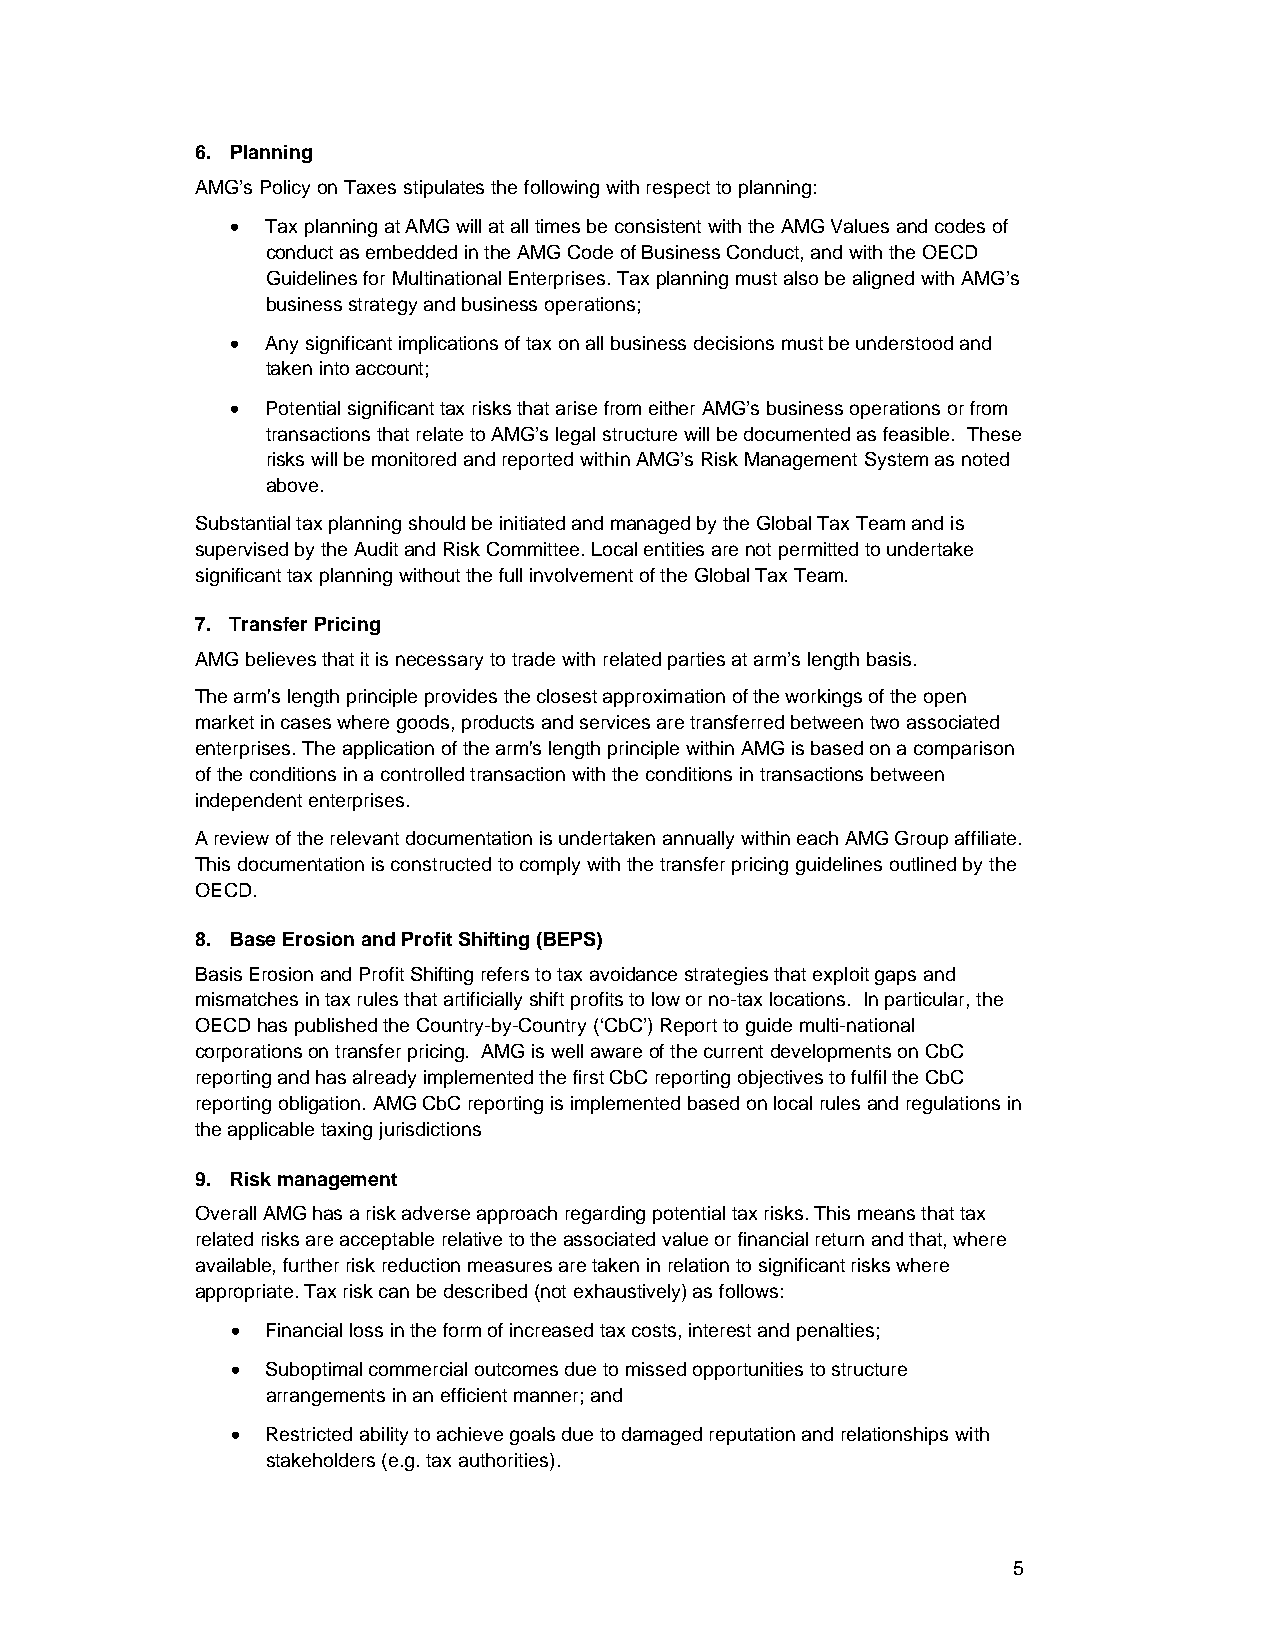
6. Planning
 AMG’s Policy on Taxes stipulates the following with respect to planning:
   Tax planning at AMG will at all times be consistent with the AMG Values and codes of
 conduct as embedded in the AMG Code of Business Conduct, and with the OECD
 Guidelines for Multinational Enterprises. Tax planning must also be aligned with AMG’s
 business strategy and business operations;
   Any significant implications of tax on all business decisions must be understood and
 taken into account;
   Potential significant tax risks that arise from either AMG’s business operations or from
 transactions that relate to AMG’s legal structure will be documented as feasible. These
 risks will be monitored and reported within AMG’s Risk Management System as noted
 above.
 Substantial tax planning should be initiated and managed by the Global Tax Team and is
 supervised by the Audit and Risk Committee. Local entities are not permitted to undertake
 significant tax planning without the full involvement of the Global Tax Team.
 7. Transfer Pricing
 AMG believes that it is necessary to trade with related parties at arm’s length basis.
 The arm's length principle provides the closest approximation of the workings of the open
 market in cases where goods, products and services are transferred between two associated
 enterprises. The application of the arm's length principle within AMG is based on a comparison
 of the conditions in a controlled transaction with the conditions in transactions between
 independent enterprises.
 A review of the relevant documentation is undertaken annually within each AMG Group affiliate.
 This documentation is constructed to comply with the transfer pricing guidelines outlined by the
 OECD.
 8. Base Erosion and Profit Shifting (BEPS)
 Basis Erosion and Profit Shifting refers to tax avoidance strategies that exploit gaps and
 mismatches in tax rules that artificially shift profits to low or no-tax locations. In particular, the
 OECD has published the Country-by-Country (‘CbC’) Report to guide multi-national
 corporations on transfer pricing. AMG is well aware of the current developments on CbC
 reporting and has already implemented the first CbC reporting objectives to fulfil the CbC
 reporting obligation. AMG CbC reporting is implemented based on local rules and regulations in
 the applicable taxing jurisdictions
 9. Risk management
 Overall AMG has a risk adverse approach regarding potential tax risks. This means that tax
 related risks are acceptable relative to the associated value or financial return and that, where
 available, further risk reduction measures are taken in relation to significant risks where
 appropriate. Tax risk can be described (not exhaustively) as follows:
   Financial loss in the form of increased tax costs, interest and penalties;
   Suboptimal commercial outcomes due to missed opportunities to structure
 arrangements in an efficient manner; and
   Restricted ability to achieve goals due to damaged reputation and relationships with
 stakeholders (e.g. tax authorities).
 5